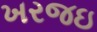
ખરજઇ